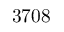
3 7 0 8